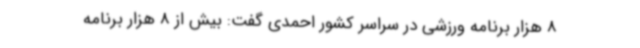
8 هزار برنامه ورزشی در سراسر کشور احمدی گفت: بیش از 8 هزار برنامه